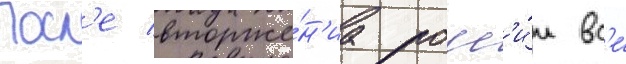
Посл'е вторже́н'иа росс'и́и вс'е́